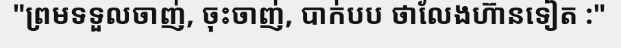
"ព្រមទទួលចាញ់, ចុះចាញ់, បាក់បប ថាលែងហ៊ានទៀត :"